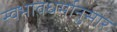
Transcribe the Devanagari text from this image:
स्वभावधर्मानुसार